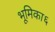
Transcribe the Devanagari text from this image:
भूमिका६